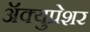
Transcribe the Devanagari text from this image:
ॲक्युप्रेशर